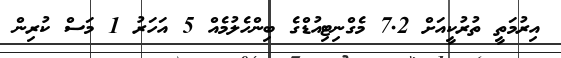
އިރުމަތީ ތުރުކީއަށް 7.2 މެގްނިޓިއުޑްގެ ބިންހެލުމެއް 5 އަހަރު 1 މަސް ކުރިން